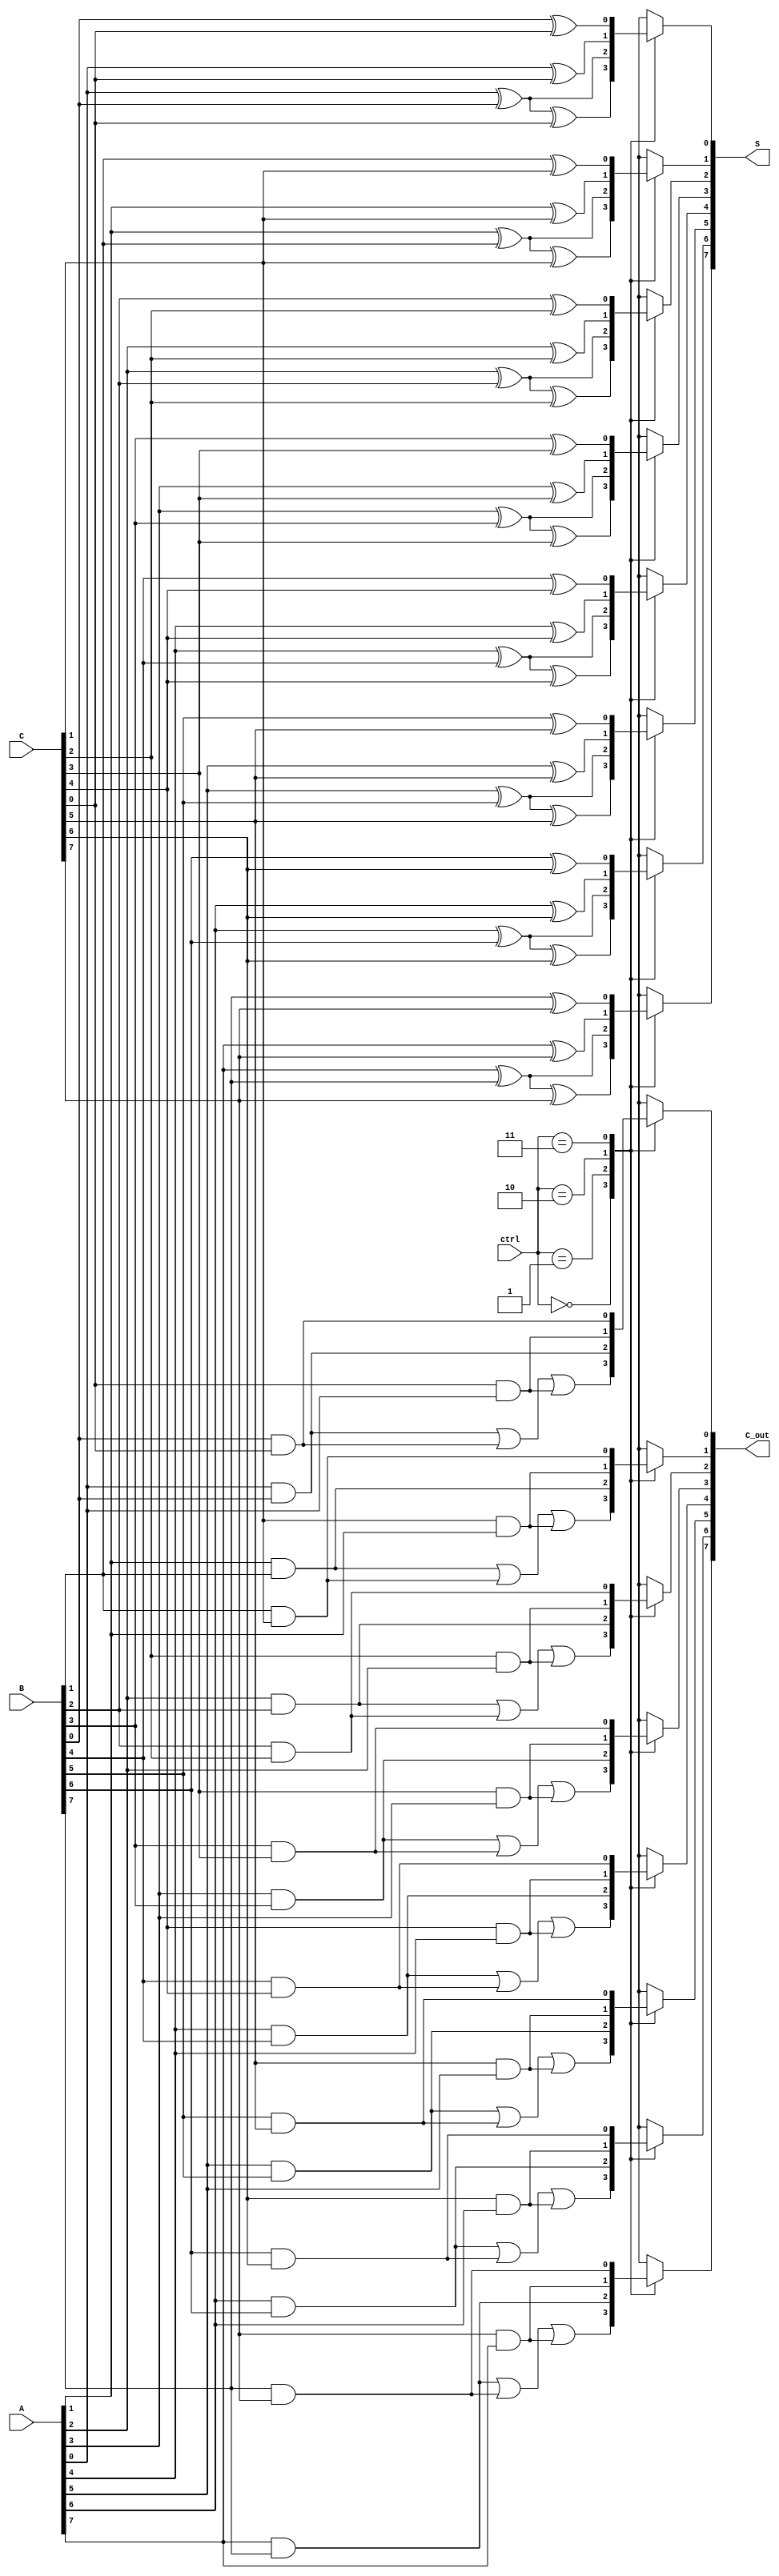
module CarrySaveAdder #(
    parameter N = 8 // Bit-width of the operands
)(
    input [N-1:0] A, // First operand
    input [N-1:0] B, // Second operand
    input [N-1:0] C, // Third operand
    input [1:0] ctrl, // Control signal to indicate number of operands (00: A, B, C, 01: A, B, 10: A, C, 11: B, C)
    output reg [N-1:0] S, // Intermediate sum output
    output reg [N-1:0] C_out // Carry output
);

    reg [N-1:0] sum_temp; // Temporary sum
    reg [N-1:0] carry_temp; // Temporary carry

    integer i;

    always @(*) begin
        // Initialize outputs
        sum_temp = 0;
        carry_temp = 0;

        // Perform bitwise addition based on control signal
        for (i = 0; i < N; i = i + 1) begin
            // Select operands based on control signal
            case (ctrl)
                2'b00: begin
                    sum_temp[i] = A[i] ^ B[i] ^ C[i];
                    carry_temp[i] = (A[i] & B[i]) | (B[i] & C[i]) | (C[i] & A[i]);
                end
                2'b01: begin
                    sum_temp[i] = A[i] ^ B[i];
                    carry_temp[i] = A[i] & B[i];
                end
                2'b10: begin
                    sum_temp[i] = A[i] ^ C[i];
                    carry_temp[i] = A[i] & C[i];
                end
                2'b11: begin
                    sum_temp[i] = B[i] ^ C[i];
                    carry_temp[i] = B[i] & C[i];
                end
            endcase
        end

        // Assign intermediate sum and carry outputs
        S = sum_temp;
        C_out = carry_temp;
    end

endmodule